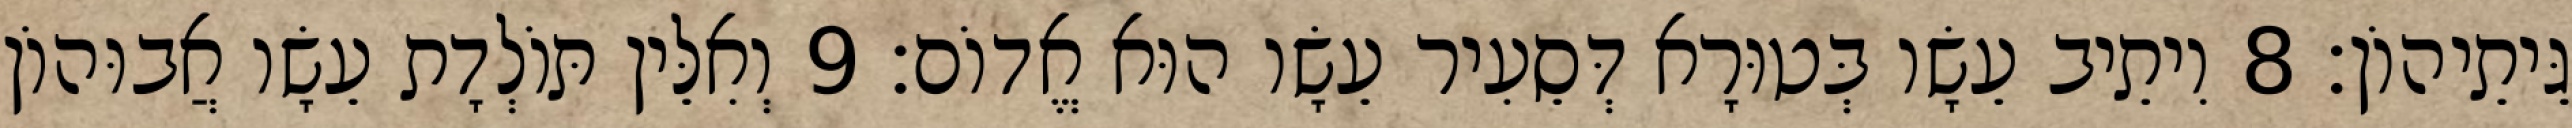
גֵּיתֵיהוֹן׃ 8 וִיתֵיב עֵשָׂו בְּטוּרָא דְּסֵעִיר עֵשָׂו הוּא אֱדוֹם׃ 9 וְאִלֵּין תּוֹלְדָת עֵשָׂו אֲבוּהוֹן